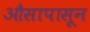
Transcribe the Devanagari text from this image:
औसापासून